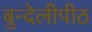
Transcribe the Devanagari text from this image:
बुन्देलीपीठ